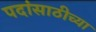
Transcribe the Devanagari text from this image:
पदांसाठीच्या